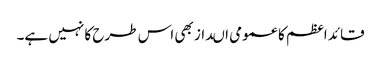
قائد اعظم کا عمومی اںداز بھی اس طرح کا نہیں ہے۔